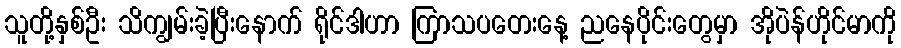
သူတို့နှစ်ဦး သိကျွမ်းခဲ့ပြီးနောက် ရိုင်ဒါဟာ ကြာသပတေးနေ့ ညနေပိုင်းတွေမှာ အိုပဲန်ဟိုင်မာကို